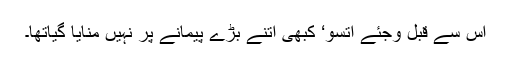
اس سے قبل وجئے اتسو‘ کبھی اتنے بڑے پیمانے پر نہیں منایا گیاتھا۔